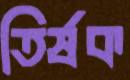
তির্ষক